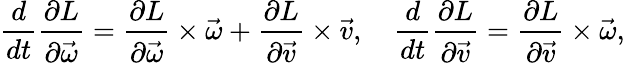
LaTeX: {\frac{d}{dt}}{\frac{\partial L}{\partial{\vec{\omega}}}}={\frac{\partial L}{\partial{\vec{\omega}}}}\times{\vec{\omega}}+{\frac{\partial L}{\partial{\vec{v}}}}\times{\vec{v}},\quad{\frac{d}{dt}}{\frac{\partial L}{\partial{\vec{v}}}}={\frac{\partial L}{\partial{\vec{v}}}}\times{\vec{\omega}},